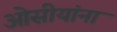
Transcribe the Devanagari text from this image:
ओसीयांना